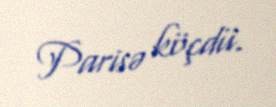
Parisə köçdü.